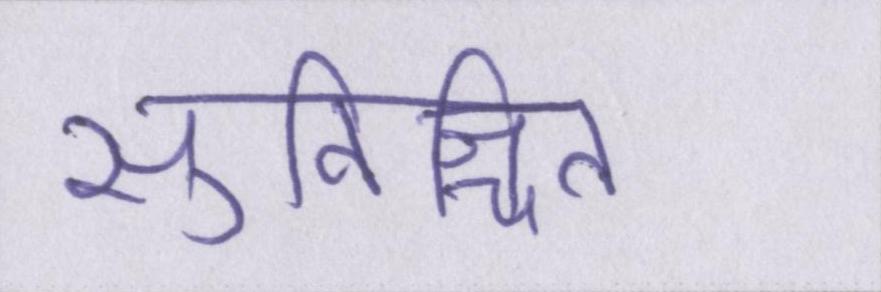
सुनिश्चित